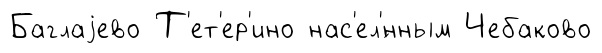
Баглаjево Т'ет'ер'ино нас'ел'́нным Чебаково